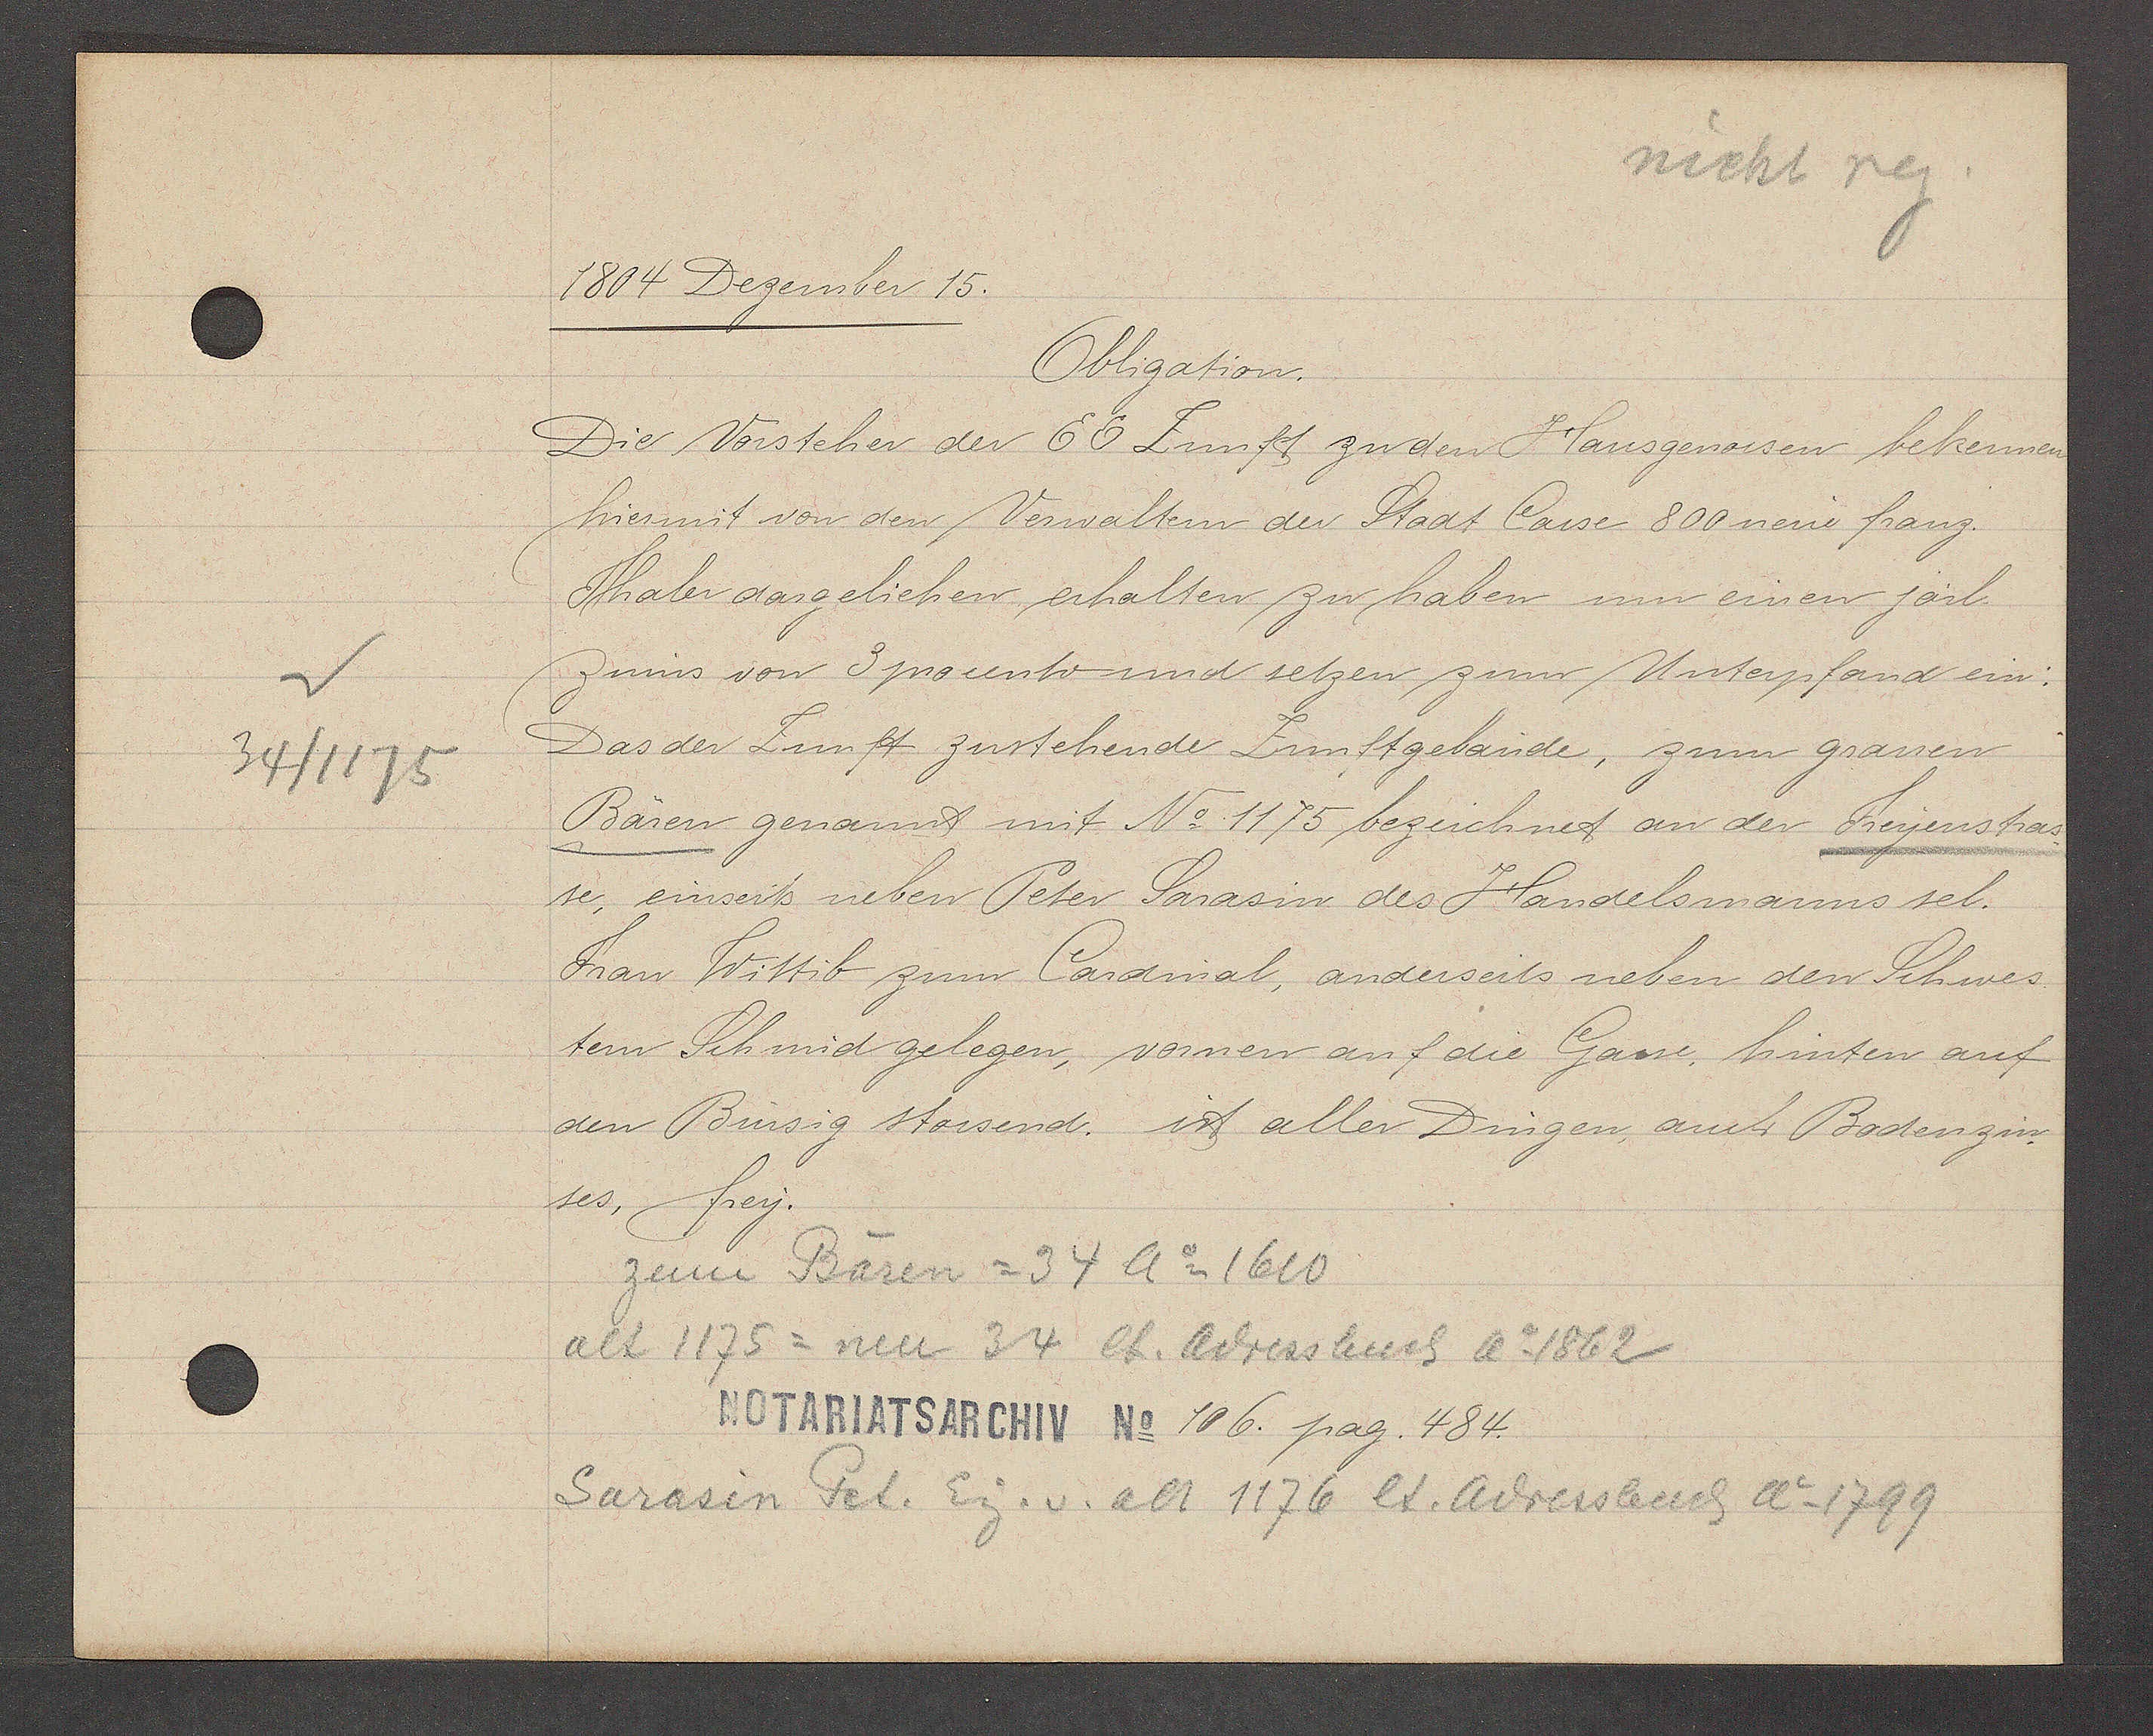
Transcript:
34/1175

1804 Dezember 15.

Obligation.
Die Vorsteher der EE Zunft zu den Hausgenossen bekennen
hiermit von den Verwaltern der Stadt Casse 800 neue franz.
Thaler dargeliehen erhalten zu haben um einen järl.
zinns von 3 procento und setzen zum Unterpfand ein:
Das der Zunft zustehende Zunftgebäude, zum grauen
Bären genannt mit No. 1175 bezeichnet an der Freyenstas¬
ses, frey.
den Binsig stossend. ist aller Dingen, auch Bodenzin¬
tem Schmid gelegen, vornen auf die Gasse, hinten auf
Frau Wittib zum Cardmal, anderseits neben den Schwes¬
se, einseits neben Peter Sarasin des Handelsmanns sel.

Notariatsarchiv No 106. pag. 484.

zem Bären = 34 Ao 1610
alt 1175 = neu 34 et. Adressbuch Ao 1862
Sarasin Pet. Eig. v. alt 1176 et. Adressbuch Ao 1799